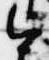
今